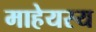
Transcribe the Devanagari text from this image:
माहेयस्य